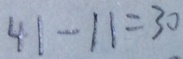
4 1 - 1 1 = 3 0